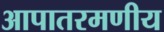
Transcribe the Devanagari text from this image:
आपातरमणीय